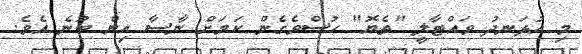
މި އުޅަނދު ވައްޓާލީ "ތެޔޮ" ހުސްވެގެން ކަމަށް ނާސާ އިން ބުނެ އެވެ.